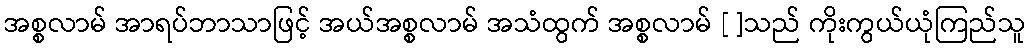
အစ္စလာမ် အာရပ်ဘာသာဖြင့် အယ်အစ္စလာမ် အသံထွက် အစ္စလာမ် [ ]သည် ကိုးကွယ်ယုံကြည်သူ